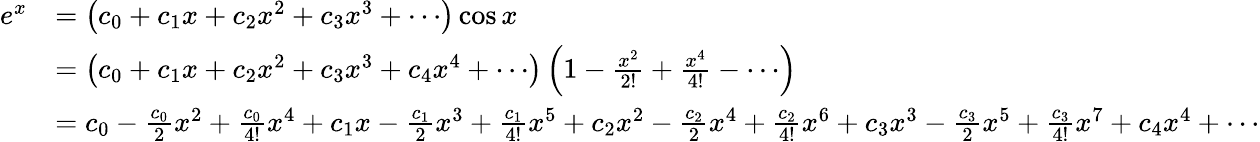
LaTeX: {\begin{array}{rl}{e^{x}}&{=\left(c_{0}+c_{1}x+c_{2}x^{2}+c_{3}x^{3}+\cdots\right)\cos x}\\ &{=\left(c_{0}+c_{1}x+c_{2}x^{2}+c_{3}x^{3}+c_{4}x^{4}+\cdots\right)\left(1-{\frac{x^{2}}{2!}}+{\frac{x^{4}}{4!}}-\cdots\right)}\\ &{=c_{0}-{\frac{c_{0}}{2}}x^{2}+{\frac{c_{0}}{4!}}x^{4}+c_{1}x-{\frac{c_{1}}{2}}x^{3}+{\frac{c_{1}}{4!}}x^{5}+c_{2}x^{2}-{\frac{c_{2}}{2}}x^{4}+{\frac{c_{2}}{4!}}x^{6}+c_{3}x^{3}-{\frac{c_{3}}{2}}x^{5}+{\frac{c_{3}}{4!}}x^{7}+c_{4}x^{4}+\cdots}\end{array}}